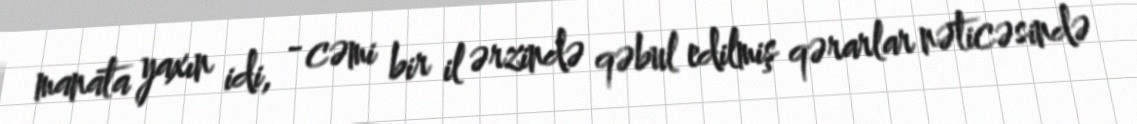
manata yaxın idi, - cəmi bir il ərzində qəbul edilmiş qərarlar nəticəsində